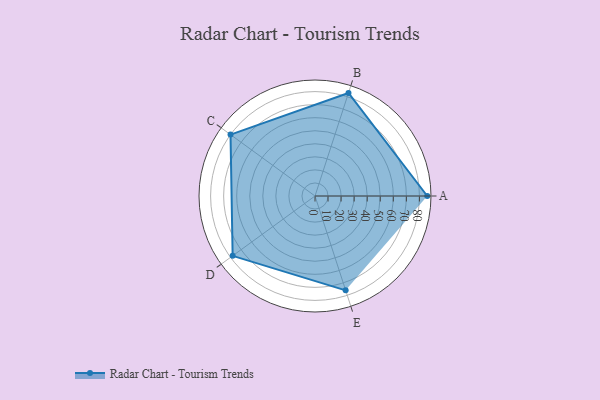
{"axis": {"x": "Skill", "y": "Score"}, "legend": ["Profile"], "data": [{"x": "A", "y": 86.0, "type": "Profile"}, {"x": "B", "y": 83.0, "type": "Profile"}, {"x": "C", "y": 80.0, "type": "Profile"}, {"x": "D", "y": 78.0, "type": "Profile"}, {"x": "E", "y": 76.0, "type": "Profile"}]}